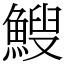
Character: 䱸